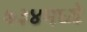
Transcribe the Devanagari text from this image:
७३४मध्ये